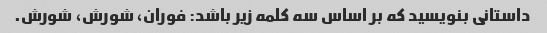
داستانی بنویسید که بر اساس سه کلمه زیر باشد: فوران، شورش، شورش.